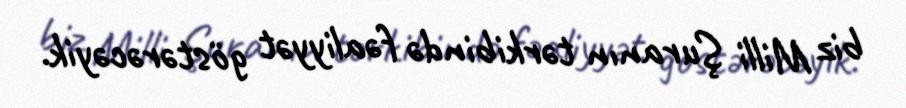
biz Milli Şuranın tərkibində fəaliyyət göstərəcəyik.